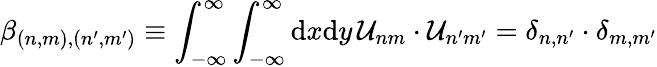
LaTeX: \beta_{(n,m),(n^{\prime},m^{\prime})}\equiv\int_{-\infty}^{\infty}\int_{-\infty}^{\infty}\mathrm{d}x\mathrm{d}y\, \mathcal{U}_{nm}\cdot\mathcal{U}_{n^{\prime}m^{\prime}}=\delta_{n,n^{\prime}}\cdot\delta_{m,m^{\prime}}